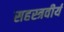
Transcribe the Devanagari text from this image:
सहस्त्रवीर्य